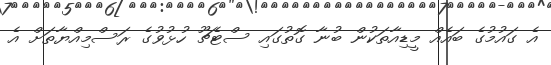
އެ ގައުމުގެ ބައެއް މީޑިއާތަކުން ބުނާ ގޮތުގައި ސްޓެޗޫ ހުޅުވުގެ ރަަސްމިއްޔާތަށް އެ